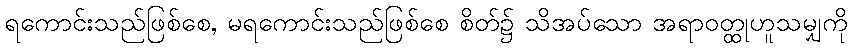
ရကောင်းသည်ဖြစ်စေ, မရကောင်းသည်ဖြစ်စေ စိတ်၌ သိအပ်သော အရာဝတ္ထုဟူသမျှကို